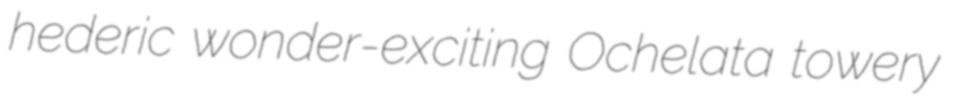
hederic wonder-exciting Ochelata towery